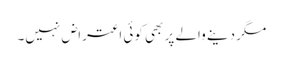
مگر دینے والے پر بھی کوئی اعتراض نہیں۔